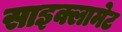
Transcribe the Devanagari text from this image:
साइक्लामेट